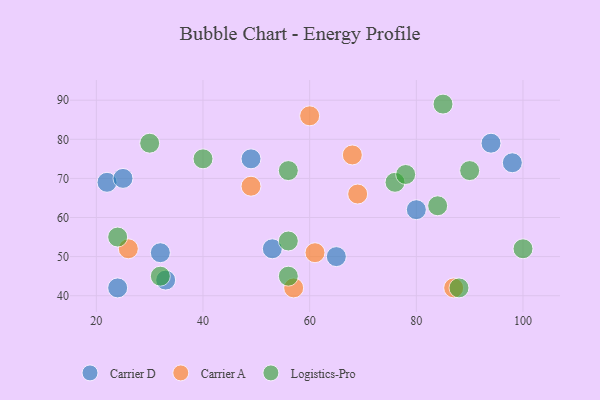
{"axis": {"x": "GDP", "y": "Life Expectancy"}, "legend": ["Carrier A", "Carrier D", "Logistics-Pro"], "data": [{"x": "22", "y": 69, "type": "Carrier D"}, {"x": "33", "y": 44, "type": "Carrier D"}, {"x": "94", "y": 79, "type": "Carrier D"}, {"x": "49", "y": 75, "type": "Carrier D"}, {"x": "98", "y": 74, "type": "Carrier D"}, {"x": "25", "y": 70, "type": "Carrier D"}, {"x": "80", "y": 62, "type": "Carrier D"}, {"x": "24", "y": 42, "type": "Carrier D"}, {"x": "32", "y": 51, "type": "Carrier D"}, {"x": "53", "y": 52, "type": "Carrier D"}, {"x": "65", "y": 50, "type": "Carrier D"}, {"x": "87", "y": 42, "type": "Carrier A"}, {"x": "57", "y": 42, "type": "Carrier A"}, {"x": "69", "y": 66, "type": "Carrier A"}, {"x": "61", "y": 51, "type": "Carrier A"}, {"x": "49", "y": 68, "type": "Carrier A"}, {"x": "68", "y": 76, "type": "Carrier A"}, {"x": "26", "y": 52, "type": "Carrier A"}, {"x": "60", "y": 86, "type": "Carrier A"}, {"x": "85", "y": 89, "type": "Logistics-Pro"}, {"x": "56", "y": 45, "type": "Logistics-Pro"}, {"x": "32", "y": 45, "type": "Logistics-Pro"}, {"x": "100", "y": 52, "type": "Logistics-Pro"}, {"x": "76", "y": 69, "type": "Logistics-Pro"}, {"x": "78", "y": 71, "type": "Logistics-Pro"}, {"x": "24", "y": 55, "type": "Logistics-Pro"}, {"x": "40", "y": 75, "type": "Logistics-Pro"}, {"x": "30", "y": 79, "type": "Logistics-Pro"}, {"x": "56", "y": 54, "type": "Logistics-Pro"}, {"x": "84", "y": 63, "type": "Logistics-Pro"}, {"x": "88", "y": 42, "type": "Logistics-Pro"}, {"x": "90", "y": 72, "type": "Logistics-Pro"}, {"x": "56", "y": 72, "type": "Logistics-Pro"}]}